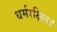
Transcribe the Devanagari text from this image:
धर्मरक्षित।